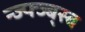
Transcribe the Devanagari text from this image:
न्ज्फ्ज्ब्स्ब